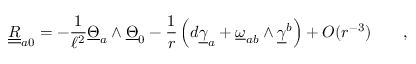
\underline { { { \underline { { R } } } } } _ { a 0 } = - \frac 1 { \ell ^ { 2 } } \underline { { { \Theta } } } _ { a } \wedge \underline { { { \Theta } } } _ { 0 } - { \frac { 1 } { r } } \left( d \underline { { { \gamma } } } _ { a } + \underline { { { \omega } } } _ { a b } \wedge \underline { { { \gamma } } } ^ { b } \right) + O ( r ^ { - 3 } ) \qquad ,